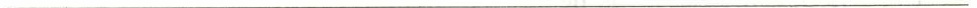
___